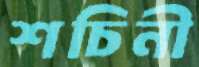
শচিনী